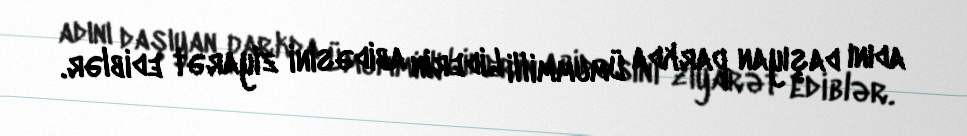
adını daşıyan parkda Ümummilli Liderin abidəsini ziyarət ediblər.